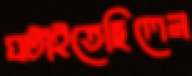
ঘটাইতেছিলেন